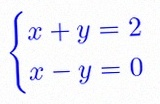
\begin{cases}x+y=2\\x-y=0\end{cases}